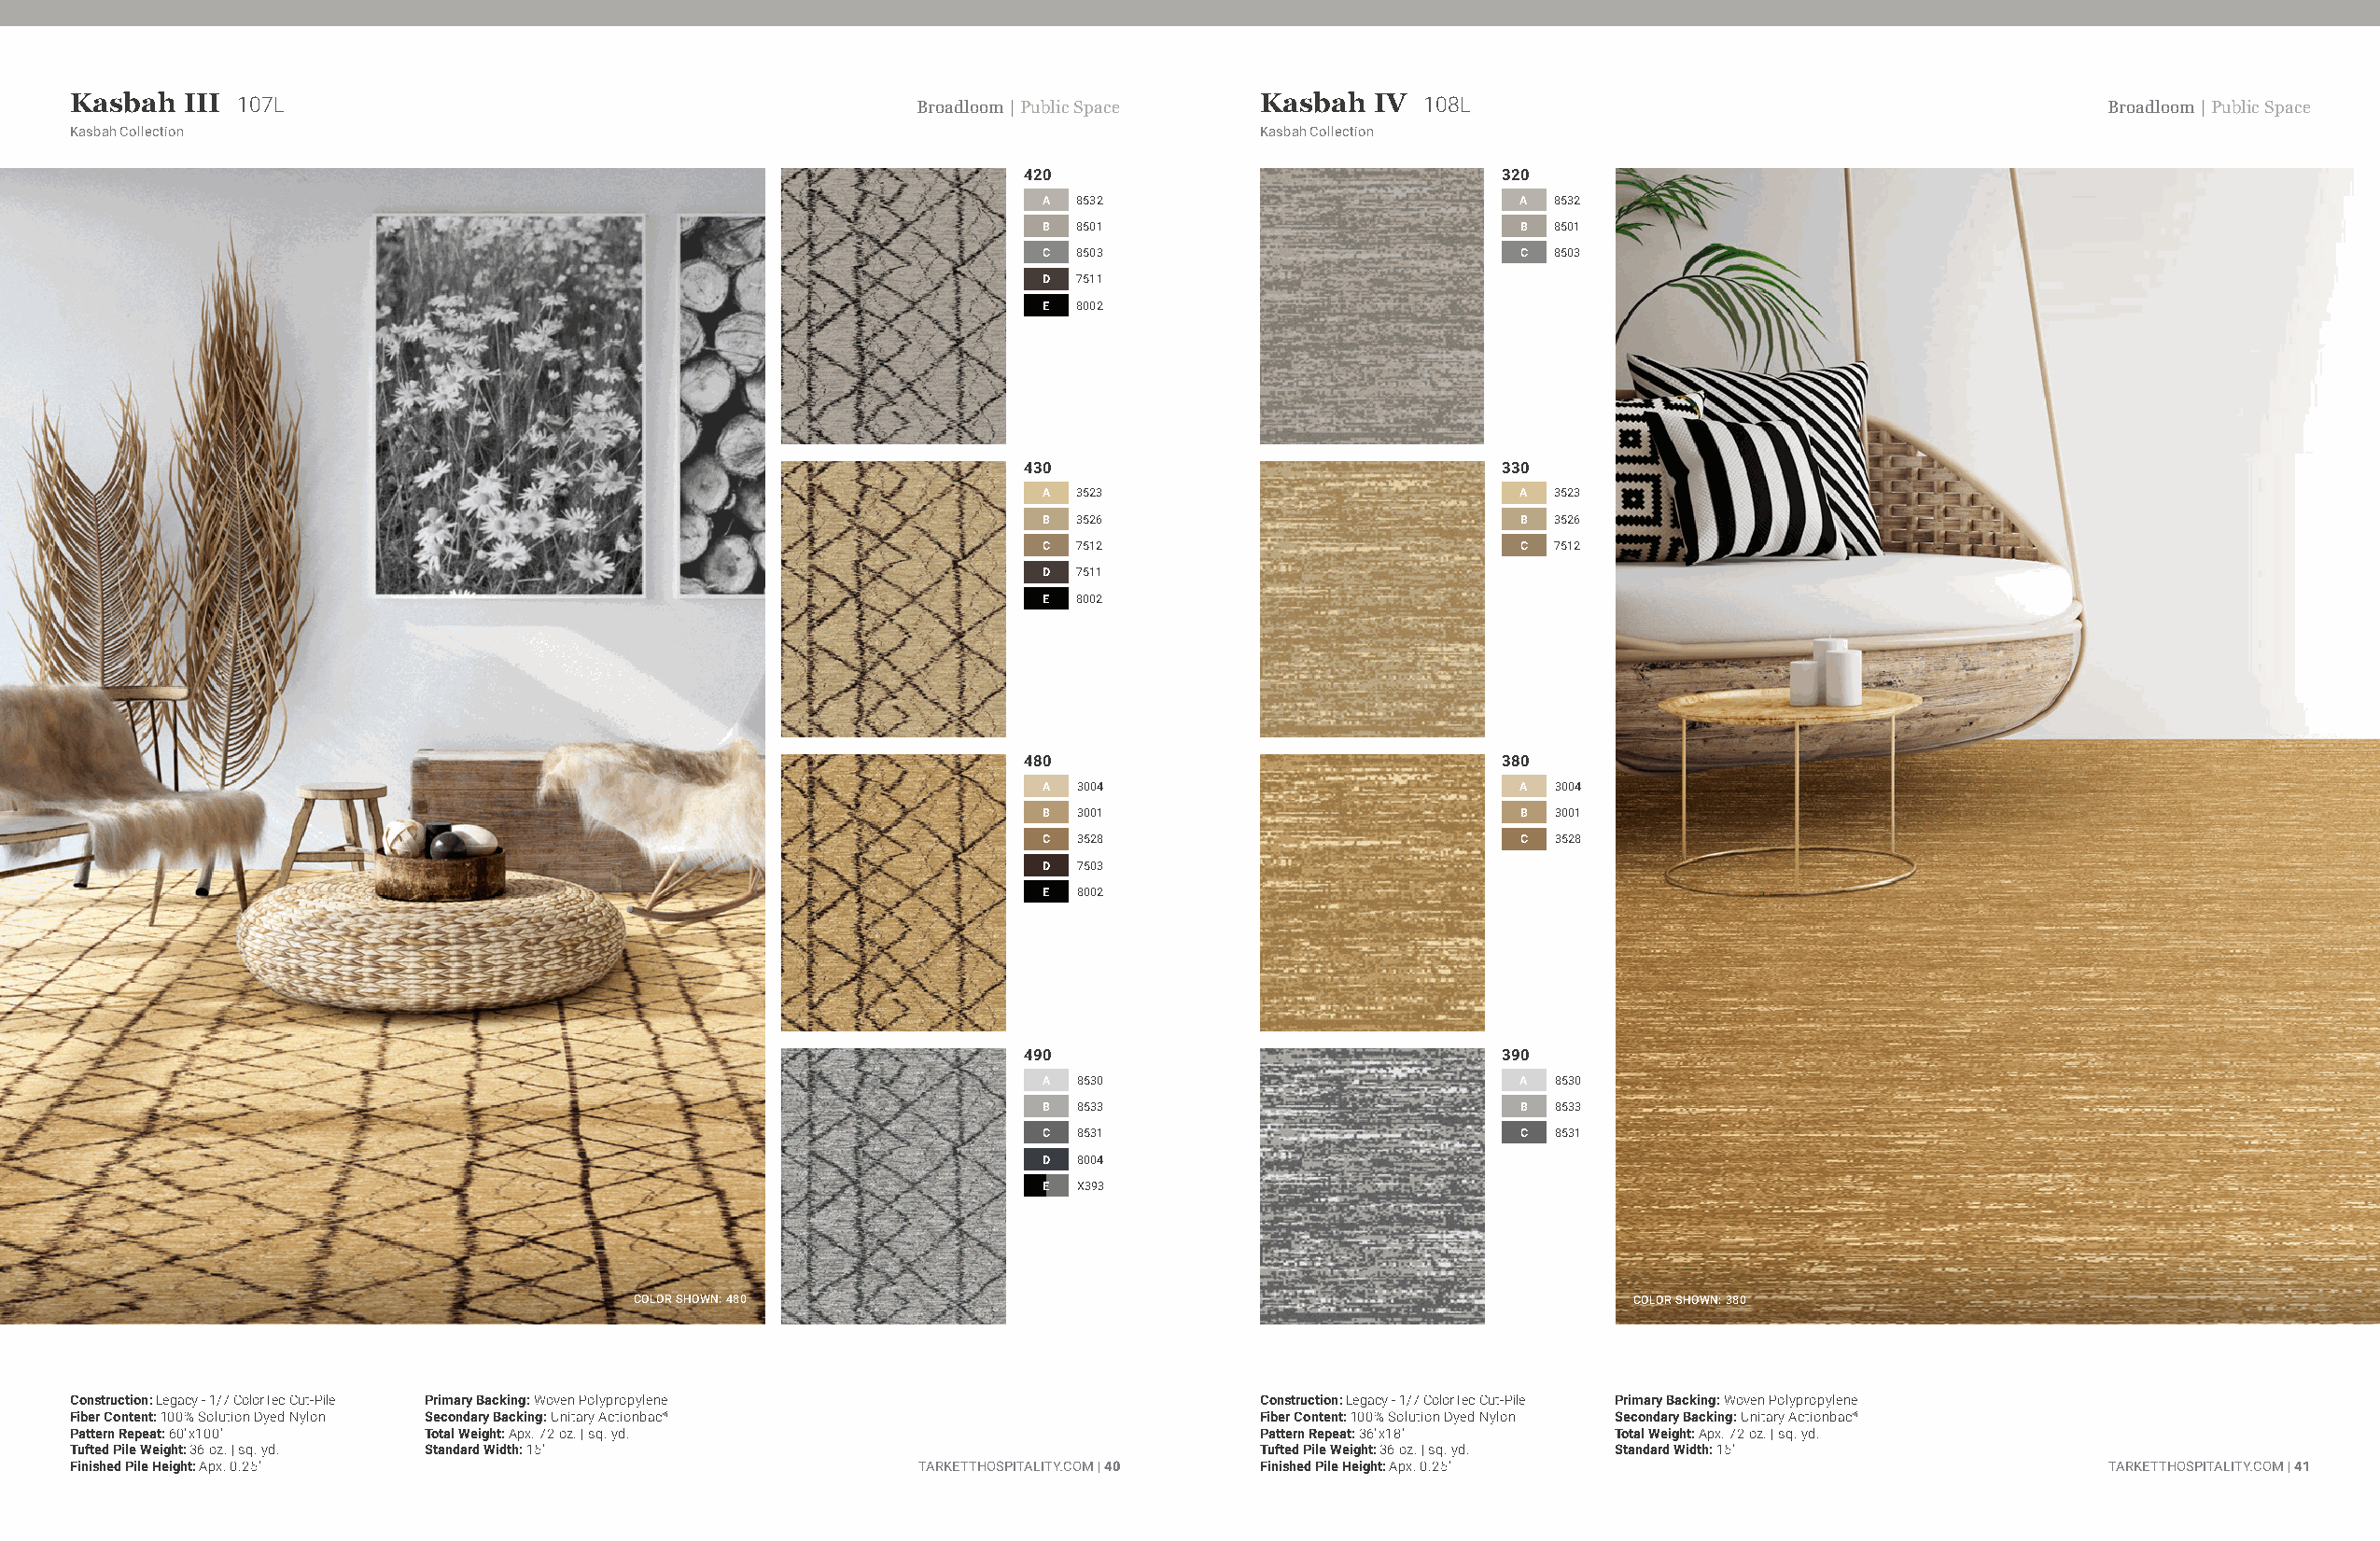
Kasbah  III 107L                                            Broadloom | Public Space Kasbah IV  108L                                             Broadloom | Public Space
 Kasbah Collection                                                                   Kasbah Collection
 420                               320
 A 8532                            A 8532
 B 8501                            B 8501
 C 8503                            C 8503
 D 7511
 E 8002
 430                               330
 A 3523                            A 3523
 B 3526                            B 3526
 C 7512                            C 7512
 D 7511
 E 8002
 480                               380
 A 3004                            A 3004
 B 3001                            B 3001
 C 3528                            C 3528
 D 7503
 E 8002
 490                               390
 A 8530                            A 8530
 B 8533                            B 8533
 C 8531                            C 8531
 D 8004
 E X393
 COLOR SHOWN: 480                                                       COLOR SHOWN: 380
 Construction: Legacy - 1/7 ColorTec Cut-Pile Primary Backing: Woven Polypropylene   Construction: Legacy - 1/7 ColorTec Cut-Pile Primary Backing: Woven Polypropylene
 Fiber Content: 100% Solution Dyed Nylon Secondary Backing: Unitary Actionbac®       Fiber Content: 100% Solution Dyed Nylon Secondary Backing: Unitary Actionbac®
 Pattern Repeat: 60"x100" Total Weight: Apx. 72 oz. | sq. yd.                        Pattern Repeat: 36"x18"   Total Weight: Apx. 72 oz. | sq. yd.
 Tufted Pile Weight: 36 oz. | sq. yd. Standard Width: 15'                            Tufted Pile Weight: 36 oz. | sq. yd. Standard Width: 15'
 Finished Pile Height: Apx. 0.25"                            TARKETTHOSPITALITY.COM | 40 Finished Pile Height: Apx. 0.25"                         TARKETTHOSPITALITY.COM | 41